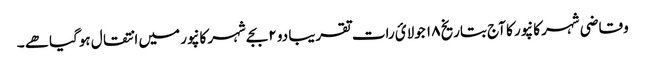
وقاضی شہر کانپور کا آج بتاریخ ۱۸ جولائ رات تقریبا دو ۲ بجےشہر کانپور میں انتقال ہوگیاھے ۔